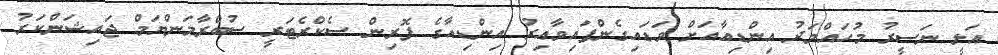
އަލީ ނަސީރު މުހައްމަދު އިންޑިއާއަށް ވަޑައިގެންފައިވާއިރު އިންޑިއާގެ ފޮރިން ސެކްރެޓަރީ ސުބްރާމަންޔަމް ޖައިޝަންކަރު